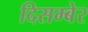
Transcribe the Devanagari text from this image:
दिसम्बेर